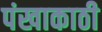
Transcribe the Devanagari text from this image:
पंखाकाठी